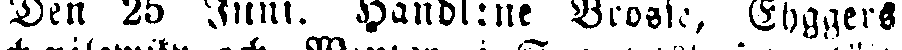
Den 25 Juni. Handl:ne Brosse, Ehggers